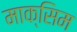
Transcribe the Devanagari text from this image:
माक्सिम